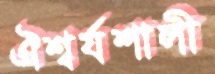
ঐশ্বর্যশালী